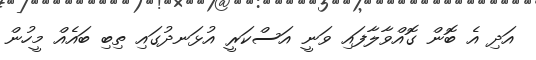
އަދި އެ ބޮން ގޮއްވާލާފައި ވަނީ އަސްކަރީ އުޅަނދުގައި ތިބި ބައެއް މީހުން